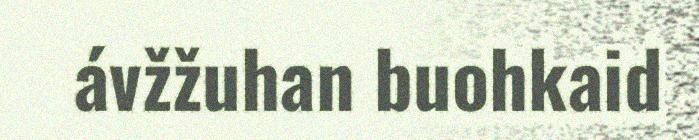
ávžžuhan buohkaid